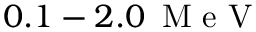
0 . 1 - 2 . 0 \, \mathrm { ~ M ~ e ~ V ~ }